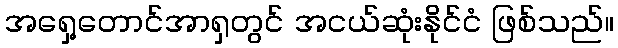
အရှေ့တောင်အာရှတွင် အငယ်ဆုံးနိုင်ငံ ဖြစ်သည်။